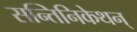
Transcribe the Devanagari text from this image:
सन्तिनिकेथन्